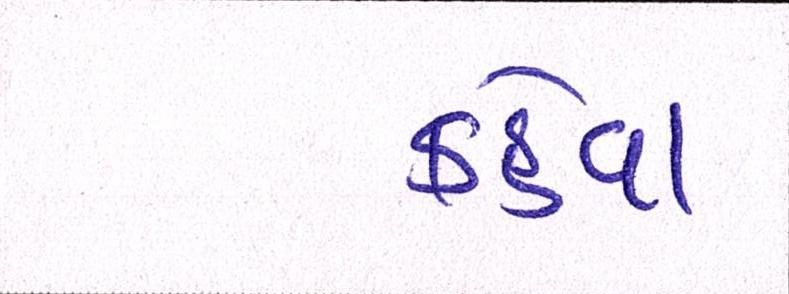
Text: કહેવા